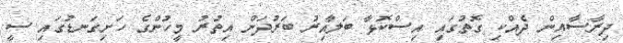
ދިރާސާއިން ދެއްކި ގޮތުގައި އިސްކޮޅާ ބަލާއިރު ބަރުދަން އިތުރު މީހުންގެ ހަށިގަނޑުގައި ސީ